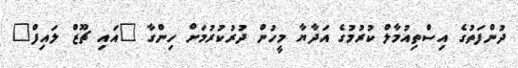
ދުންފަތުގެ އިސްތިއުމާލް ކުރުމުގެ އަދާޔާ މީހުން ދުރުކުރުމަށް ހިންގާ "އައި ޗޫޒް ލައިފް"